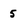
Character: 5